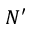
N ^ { \prime }